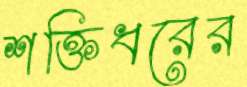
শক্তিধরের